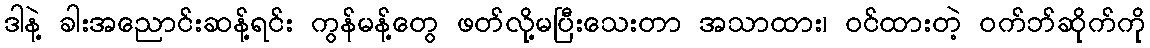
ဒါနဲ့ ခါးအညောင်းဆန့်ရင်း ကွန်မန့်တွေ ဖတ်လို့မပြီးသေးတာ အသာထား၊ ဝင်ထားတဲ့ ဝက်ဘ်ဆိုက်ကို